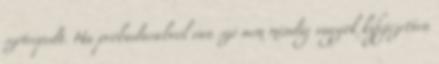
szétrepedt. Ha próbadarabról van szó nem mindig vagyok kifejezetten